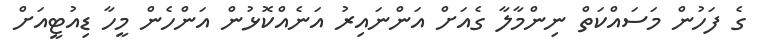
ގެ ފަހުން މަސައްކަތް ނިންމާލާ ގެއަށް އަންނައިރު އަނެއްކޮޅުން އަންހެން މީހާ ޑިއުޓީއަށް